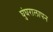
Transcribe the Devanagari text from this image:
घुंघरालापन